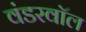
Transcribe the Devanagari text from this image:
वंडरवॉल